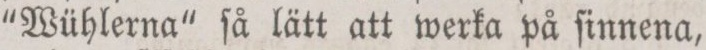
“Wühlerna“ ſå lätt att werka på ſinnena,